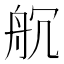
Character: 𮎃